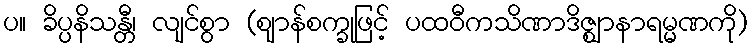
ပ။ ခိပ္ပနိသန္တီ၊ လျင်စွာ (ဈာန်စက္ခုဖြင့် ပထဝီကသိဏာဒိဇ္ဈာနာရမ္မဏကို)